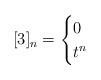
LaTeX: \begin{align*}[3]_n = \begin{cases} 0 & \\ t^n & \end{cases}\end{align*}